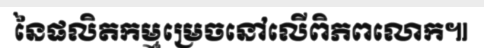
នៃផលិតកម្មម្រេចនៅលើពិភពលោក៕